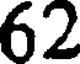
62